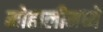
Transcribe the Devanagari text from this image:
मोहालीमध्ये